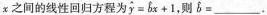
x之间的线性回归方程为 $$\widehat { y } = \widehat { b } x + 1$$ ，则$$\widehat { b } =$$ ___.